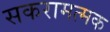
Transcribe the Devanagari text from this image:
सकरामत्मक